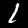
Label: 1